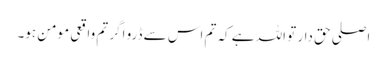
اصلی حق دار تو اللہ ہے کہ تم اس سے ڈرو اگر تم واقعی مومن ہو۔